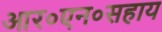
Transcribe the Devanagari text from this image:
आर०एन०सहाय